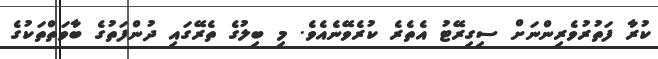
ކުރާ ފަތުރުވެރިންނަށް ސިގިރޭޓު އެތެރެ ކުރެވޭނެއެވެ. މި ބިލުގެ ތެރޭގައި ދުންފަތުގެ ބާވަތްތަކުގެ